Rangoon Lunatic Asylum 1893-1897 - 1893-1897
Year: 1893
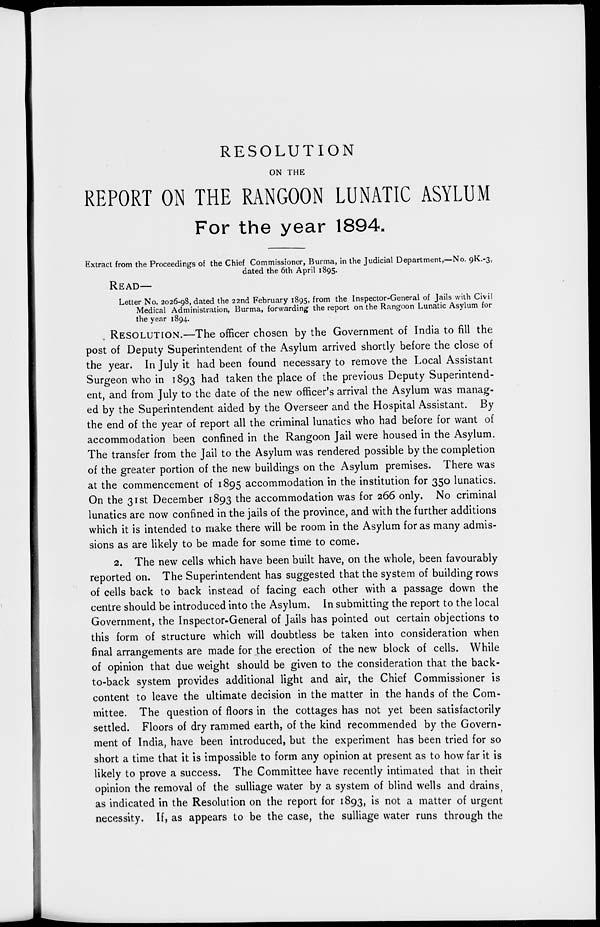
RESOLUTION
ON THE
REPORT ON THE RANGOON LUNATIC ASYLUM
For the year 1894.
Extract from the Proceedings of the Chief Commissioner, Burma, in the Judicial Department,—No. 9K.-3,
dated the 6th April 1895.
READ—
Letter No. 2026-98, dated the 22nd February 1895, from the Inspector-General of Jails with Civil
Medical Administration, Burma, forwarding the report on the Rangoon Lunatic Asylum for
the year 1894.
RESOLUTION.—The officer chosen by the Government of India to fill the
post of Deputy Superintendent of the Asylum arrived shortly before the close of
the year. In July it had been found necessary to remove the Local Assistant
Surgeon who in 1893 had taken the place of the previous Deputy Superintend-
ent, and from July to the date of the new officer's arrival the Asylum was manag-
ed by the Superintendent aided by the Overseer and the Hospital Assistant. By
the end of the year of report all the criminal lunatics who had before for want of
accommodation been confined in the Rangoon Jail were housed in the Asylum.
The transfer from the Jail to the Asylum was rendered possible by the completion
of the greater portion of the new buildings on the Asylum premises. There was
at the commencement of 1895 accommodation in the institution for 350 lunatics.
On the 31st December 1893 the accommodation was for 266 only. No criminal
lunatics are now confined in the jails of the province, and with the further additions
which it is intended to make there will be room in the Asylum for as many admis-
sions as are likely to be made for some time to come.
2. The new cells which have been built have, on the whole, been favourably
reported on. The Superintendent has suggested that the system of building rows
of cells back to back instead of facing each other with a passage down the
centre should be introduced into the Asylum. In submitting the report to the local
Government, the Inspector-General of Jails has pointed out certain objections to
this form of structure which will doubtless be taken into consideration when
final arrangements are made for the erection of the new block of cells. While
of opinion that due weight should be given to the consideration that the back-
to-back system provides additional light and air, the Chief Commissioner is
content to leave the ultimate decision in the matter in the hands of the Com-
mittee. The question of floors in the cottages has not yet been satisfactorily
settled. Floors of dry rammed earth, of the kind recommended by the Govern-
ment of India, have been introduced, but the experiment has been tried for so
short a time that it is impossible to form any opinion at present as to how far it is
likely to prove a success. The Committee have recently intimated that in their
opinion the removal of the sulliage water by a system of blind wells and drains
as indicated in the Resolution on the report for 1893, is not a matter of urgent
necessity. If, as appears to be the case, the sulliage water runs through the